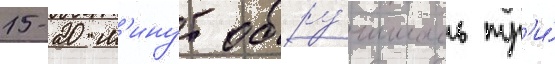
15-20 м'инут обру́шилось тр'и́